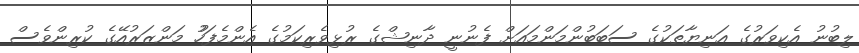
ލިބުނު އެކިވަރުގެ އަނިޔާތަކުގެ ސަބަބުންމަންމައަށް ފެނުނީ ދާނިޝްގެ ރުޅިވެރިކަމުގެ އެންމެފަހުު މަންޒަރުއޭގެ ކުރިންވެސް